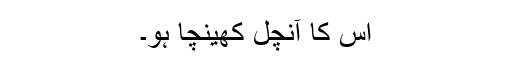
اس کا آنچل کھینچا ہو۔